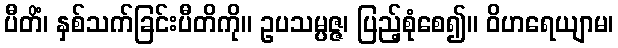
ပီတိံ၊ နှစ်သက်ခြင်းပီတိကို။ ဥပသမ္ပဇ္ဇ၊ ပြည့်စုံစေ၍။ ဝိဟရေယျာမ၊